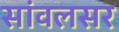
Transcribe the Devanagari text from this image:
सांवलसर